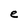
Character: e